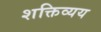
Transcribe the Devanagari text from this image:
शक्तिव्यय